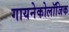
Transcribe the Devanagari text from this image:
गायनेकोलॉजिक